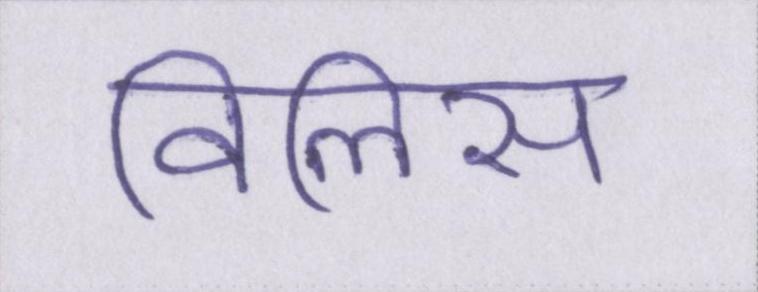
विलिस